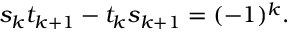
s _ { k } t _ { k + 1 } - t _ { k } s _ { k + 1 } = ( - 1 ) ^ { k } .